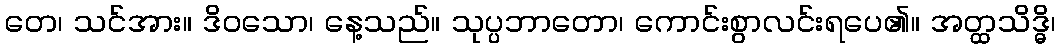
တေ၊ သင်အား။ ဒိဝသော၊ နေ့သည်။ သုပ္ပဘာတော၊ ကောင်းစွာလင်းရပေ၏။ အတ္ထသိဒ္ဓိ၊